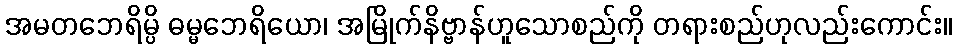
အမတဘေရိမ္ပိ ဓမ္မဘေရိယော၊ အမြိုက်နိဗ္ဗာန်ဟူသောစည်ကို တရားစည်ဟုလည်းကောင်း။